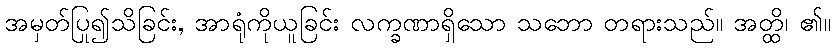
အမှတ်ပြု၍သိခြင်း, အာရုံကိုယူခြင်း လက္ခဏာရှိသော သဘော တရားသည်။ အတ္ထိ၊ ၏။